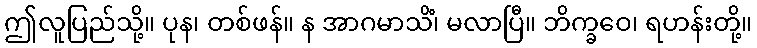
ဤလူပြည်သို့။ ပုန၊ တစ်ဖန်။ န အာဂမာသိံ၊ မလာပြီ။ ဘိက္ခဝေ၊ ရဟန်းတို့။